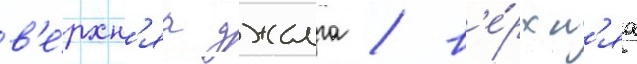
в'е́рхн'яа джалга / в'е́рхн'яа